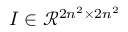
I \in \mathcal { R } ^ { 2 n ^ { 2 } \times 2 n ^ { 2 } }